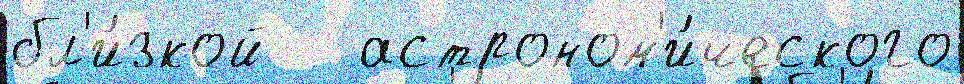
бл'и́зкой   астроном'и́ческого